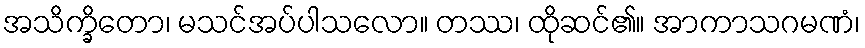
အသိက္ခိတော၊ မသင်အပ်ပါသလော။ တဿ၊ ထိုဆင်၏။ အာကာသဂမဏံ၊